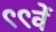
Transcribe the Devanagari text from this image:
९९वें